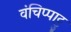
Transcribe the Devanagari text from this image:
वंचिप्पाट्टु